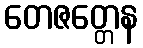
တေဇတ္တေန